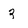
Character: 3